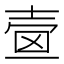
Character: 𡔫